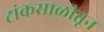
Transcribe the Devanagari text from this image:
टांकसाळीतून